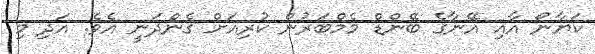
ކަޔާނޯ އާއި އޭނާގެ ބޭންޑް މެމްބަރުން ކުރިއަށް ގެންދަނީ އެވެ. އަދި މި